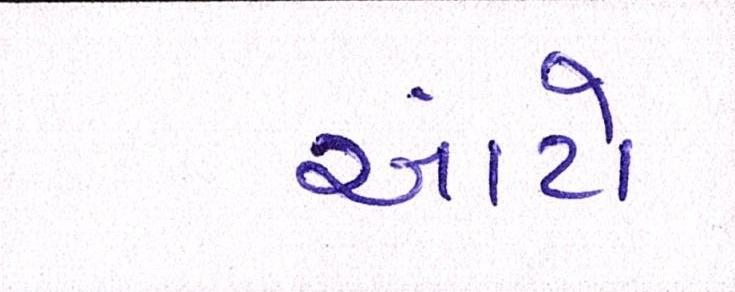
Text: આંટો